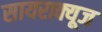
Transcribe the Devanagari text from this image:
सायराक्यूज